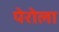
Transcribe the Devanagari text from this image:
पेरोला